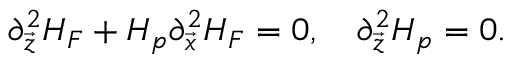
\partial _ { \vec { z } } ^ { 2 } H _ { F } + H _ { p } \partial _ { \vec { x } } ^ { 2 } H _ { F } = 0 , \ \ \ \partial _ { \vec { z } } ^ { 2 } H _ { p } = 0 .